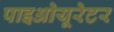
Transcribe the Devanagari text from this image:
पाइओयूरेटर